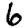
Digit: 6